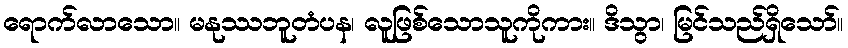
ရောက်လာသော။ မနုဿဘူတံပန၊ လူဖြစ်သောသူကိုကား။ ဒိသွာ၊ မြင်သည်ရှိသော်။